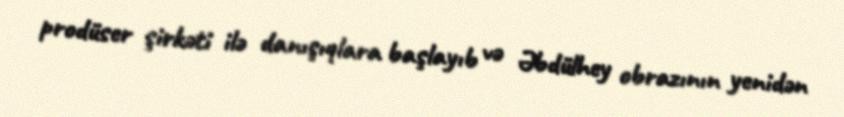
prodüser şirkəti ilə danışıqlara başlayıb və Əbdülhey obrazının yenidən